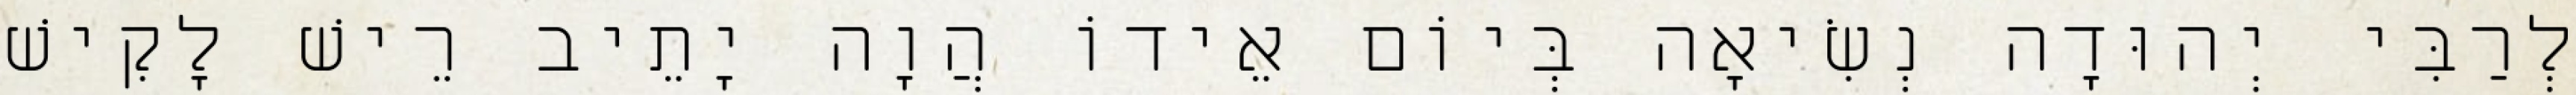
לְרַבִּי יְהוּדָה נְשִׂיאָה בְּיוֹם אֵידוֹ הֲוָה יָתֵיב רֵישׁ לָקִישׁ